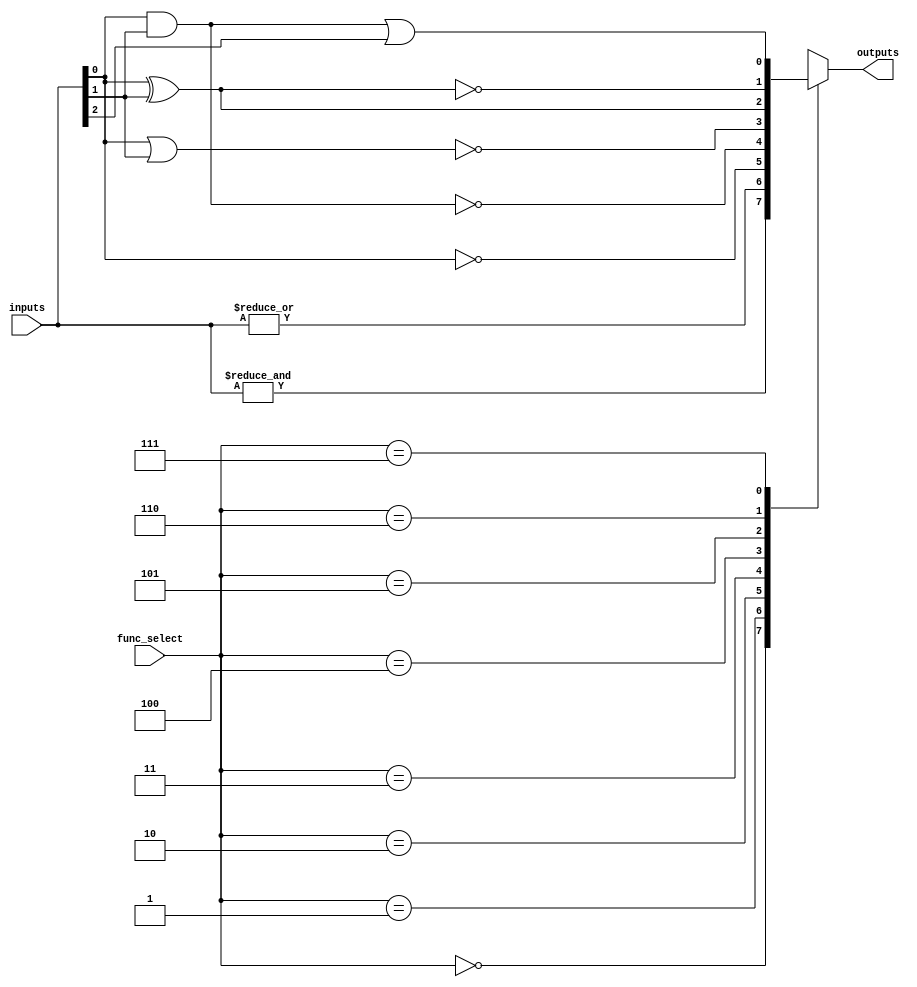
module combinational_logic_block #(
    parameter N = 4,  // Number of inputs
    parameter M = 1   // Number of outputs
)(
    input  wire [N-1:0]  inputs,       // N input bits
    input  wire [2:0]    func_select,   // Function select lines (3 bits allows for 8 functions)
    output reg  [M-1:0]  outputs        // M output bits
);

// Define the logic functions based on func_select
always @(*) begin
    case (func_select)
        3'b000: outputs = &inputs;           // AND
        3'b001: outputs = |inputs;           // OR
        3'b010: outputs = ~inputs[0];        // NOT (only for the first input)
        3'b011: outputs = ~(inputs[0] & inputs[1]); // NAND
        3'b100: outputs = ~(inputs[0] | inputs[1]); // NOR
        3'b101: outputs = inputs[0] ^ inputs[1]; // XOR
        3'b110: outputs = ~(inputs[0] ^ inputs[1]); // XNOR
        3'b111: outputs = (inputs[0] & inputs[1]) | inputs[2]; // Custom function (example)
        default: outputs = 1'b0;             // Default case
    endcase
end

endmodule